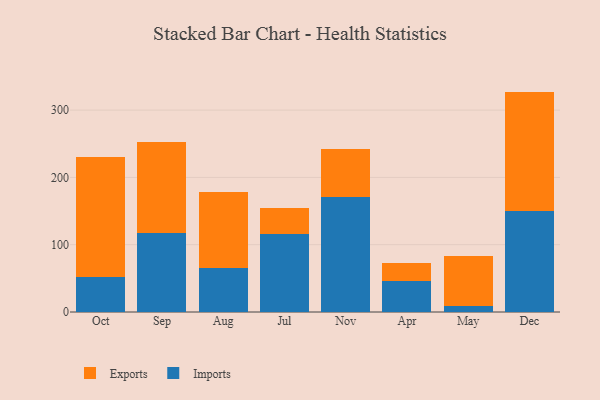
{"axis": {"x": "Month", "y": "Backlog"}, "legend": ["Exports", "Imports"], "data": [{"x": "Oct", "y": 51.8, "type": "Imports"}, {"x": "Oct", "y": 177.9, "type": "Exports"}, {"x": "Sep", "y": 116.8, "type": "Imports"}, {"x": "Sep", "y": 135.3, "type": "Exports"}, {"x": "Aug", "y": 65.2, "type": "Imports"}, {"x": "Aug", "y": 113.1, "type": "Exports"}, {"x": "Jul", "y": 115.2, "type": "Imports"}, {"x": "Jul", "y": 39.5, "type": "Exports"}, {"x": "Nov", "y": 170.3, "type": "Imports"}, {"x": "Nov", "y": 71.8, "type": "Exports"}, {"x": "Apr", "y": 45.5, "type": "Imports"}, {"x": "Apr", "y": 26.8, "type": "Exports"}, {"x": "May", "y": 9.1, "type": "Imports"}, {"x": "May", "y": 73.8, "type": "Exports"}, {"x": "Dec", "y": 150.8, "type": "Imports"}, {"x": "Dec", "y": 176.7, "type": "Exports"}]}